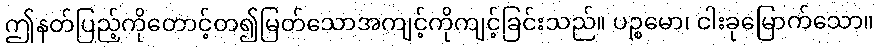
ဤနတ်ပြည့်ကိုတောင့်တ၍မြတ်သောအကျင့်ကိုကျင့်ခြင်းသည်။ ပဉ္စမော၊ ငါးခုမြောက်သော။